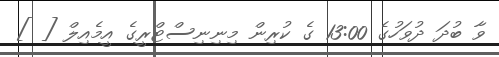
ވާ ބުދަ ދުވަހުގެ 13:00 ގެ ކުރިން މިނިނިސްޓްރީގެ އީމެއިލް [ ]